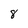
Character: 8